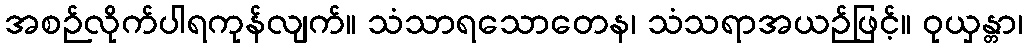
အစဉ်လိုက်ပါရကုန်လျက်။ သံသာရသောတေန၊ သံသရာအယဉ်ဖြင့်။ ဝုယှန္တာ၊